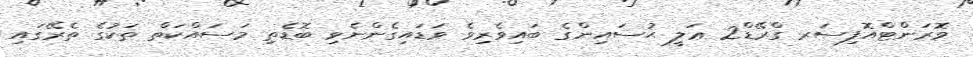
ވޮރަންޓްއޮފިސަރ ގްރޭޑް2 ޢަލީ ޙުސައިންގެ ބައިވެރިވެ ވަޑައިގެންނެވި ބޮޑެތި މަސައްކަތް ތަކުގެ ތެރޭގައި